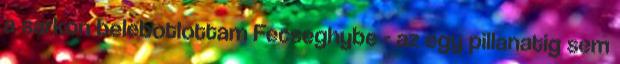
a sarkon belebotlottam Fecseghybe - az egy pillanatig sem